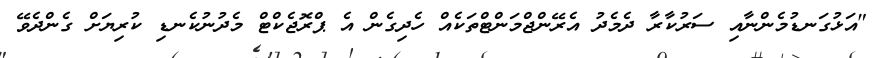
"އަޅުގަނޑުމެންނާއި ސަރުކާރާ ދެމެދު އެރޭންޖްމަންޓްތަކެއް ހެދިގެން އެ ޕްރޮޖެކްޓް މެދުނުކެނޑި ކުރިޔަށް ގެންދެވޭ